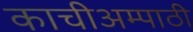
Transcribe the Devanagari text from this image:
काचीअम्पाठी